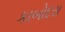
કાબોદરા